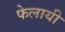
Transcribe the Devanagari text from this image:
फेलायी